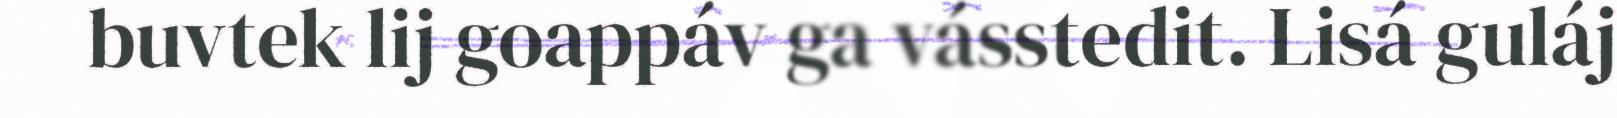
buvtek lij goappáv ga vásstedit. Lisá guláj